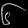
Digit: ၆